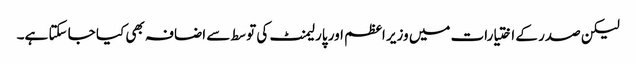
لیکن صدر کے اختیارات میں وزیر اعظم اور پارلیمنٹ کی توسط سے اضافہ بھی کیا جا سکتا ہے۔